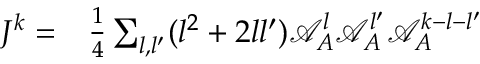
\begin{array} { r l } { J ^ { k } = } & { { } \frac { 1 } { 4 } \sum _ { { l } , { l ^ { \prime } } } ( { l } ^ { 2 } + 2 { l } { l ^ { \prime } } ) \mathcal { A } _ { A } ^ { l } \mathcal { A } _ { A } ^ { l ^ { \prime } } \mathcal { A } _ { A } ^ { k - { l } - { l ^ { \prime } } } } \end{array}